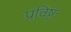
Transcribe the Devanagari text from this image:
प्रविष्टः